Report of the Indian Hemp Drugs Commission, 1894-1895 - Volume III
Year: 1894
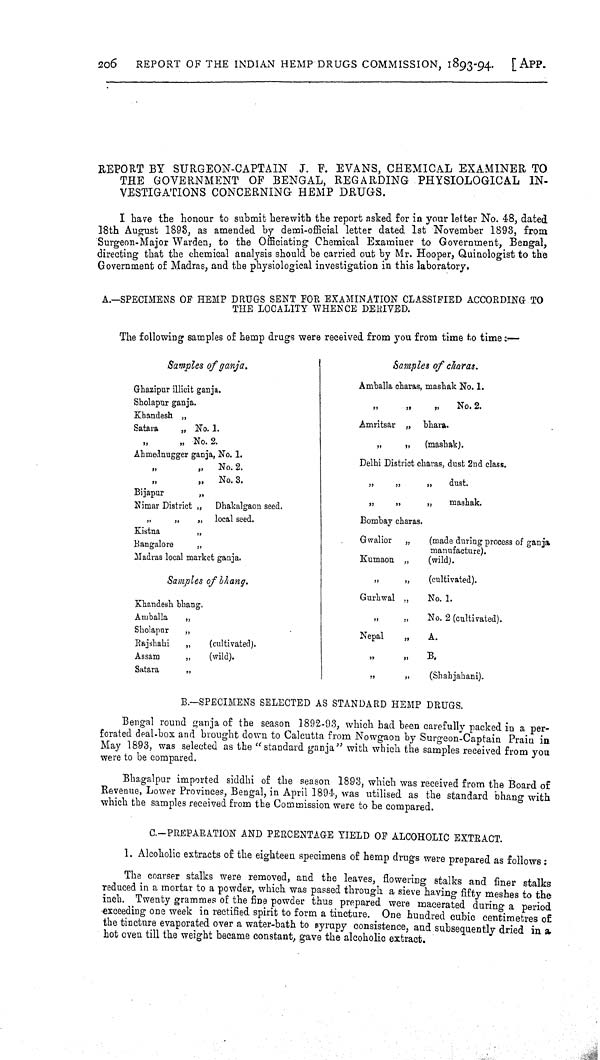
REPORT BY SURGEON-CAPTAIN J. F. EVANS, CHEMICAL EXAMINER TO
THE GOVERNMENT OF BENGAL, REGARDING PHYSIOLOGICAL IN-
VESTIGATIONS CONCERNING HEMP DRUGS.
I have the honour to submit herewith the report asked for in your letter No. 48, dated
18th August 1893, as amended by demi-official letter dated 1st November 1893, from
Surgeon-Major Warden, to the Officiating Chemical Examiner to Government, Bengal,
directing that the chemical analysis should be carried out by Mr. Hooper, Quinologist to the
Government of Madras, and the physiological investigation in this laboratory.
A.-SPECIMENS OF HEMP DRUGS SENT FOR EXAMINATION CLASSIFIED ACCORDING TO
THE LOCALITY WHENCE DERIVED.
The following samples of hemp drugs were received from you from time to time:-
Samples of ganja.
Samples of charas.
Ghazipur illicit ganja.
Amballa charas, mashak No. 1.
Sholapur ganja.
"
"
"
No. 2.
Khandesh "
Amritsar "
bhara.
Satara
" No. 1.
Amritsar "
bhara.
"
" No. 2.
"
"
(mashak).
Ahmednugger ganja, No. 1.
Delhi District charas, dust 2nd class.
"
No. 2.
Delhi District charas, dust 2nd class.
"
No. 3.
"
"
"
dust.
Bijapur
"
"
"
"
mashak.
Nimar District "
Dhakalgaon seed.
"
"
"
mashak.
"
"
"
local seed.
Bombay charas.
Kistna
"
Gwalior
"
(made during process of ganja
manufacture).
Bangalore
"
Gwalior
"
(made during process of ganja
manufacture).
Madras local market ganja.
Kumaon "
(wild).
Samples of bhang.
"
"
(cultivated).
Khandesh bhang.
Gurhwal "
No. 1.
Amballa
"
"
"
No. 2 (cultivated).
Sholapur
"
Nepal
"
A.
Rajshahi
"
(cultivated).
Nepal
"
A.
Assam
"
(wild).
"
"
B.
Satara
"
"
"
(Shahjahani).
B.-SPECIMENS SELECTED AS STANDARD HEMP DRUGS.
Bengal round ganja of the season 1892-93, which had been carefully packed in a per-
forated deal-box and brought down to Calcutta from Nowgaon by Surgeon-Captain Prain in
May 1893, was selected as the "standard ganja" with which the samples received from you
were to be compared.
Bhagalpur imported siddhi of the season 1893, which was received from the Board of
Revenue, Lower Provinces, Bengal, in April 1894, was utilised as the standard bhang with
which the samples received from the Commission were to be compared.
C.-PREPARATION AND PERCENTAGE YIELD OF ALCOHOLIC EXTRACT.
1. Alcoholic extracts of the eighteen specimens of hemp drugs were prepared as follows:
The coarser stalks were removed, and the leaves, flowering stalks and finer stalks
reduced in a mortar to a powder, which was passed through a sieve having fifty meshes to the
inch. Twenty grammes of the fine powder thus prepared were macerated during a period
exceeding one week in rectified spirit to form a tincture. One hundred cubic centimetres of
the tincture evaporated over a water-bath to syrupy consistence, and subsequently dried in a
hot oven till the weight became constant, gave the alcoholic extract.